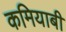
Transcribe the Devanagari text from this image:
कमियाबी